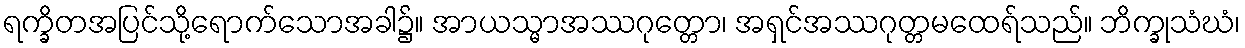
ရက္ခိတအပြင်သို့ရောက်သောအခါ၌။ အာယသ္မာအဿဂုတ္တော၊ အရှင်အဿဂုတ္တမထေရ်သည်။ ဘိက္ခုသံဃံ၊